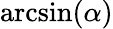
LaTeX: \arcsin(\alpha)